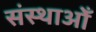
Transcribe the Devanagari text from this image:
संस्थाओँ